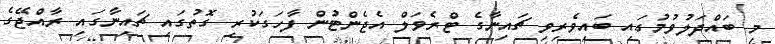
މި ބައްދަލުވުމުގައި ބައިވެރިވި ޗައިނާގެ ޓްރެވަލް އެޖެންޓުން ފާހަގަކުރި ގޮތުގައި ޗައިނާގައި ރާއްޖޭގެ